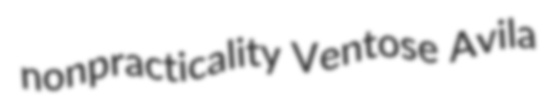
nonpracticality Ventose Avila